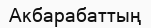
Акбарабаттың